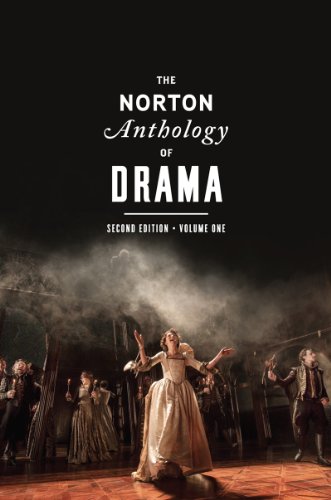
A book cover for The Norton Anthology of Drama (Second Edition)  (Vol. 1); Literature & Fiction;